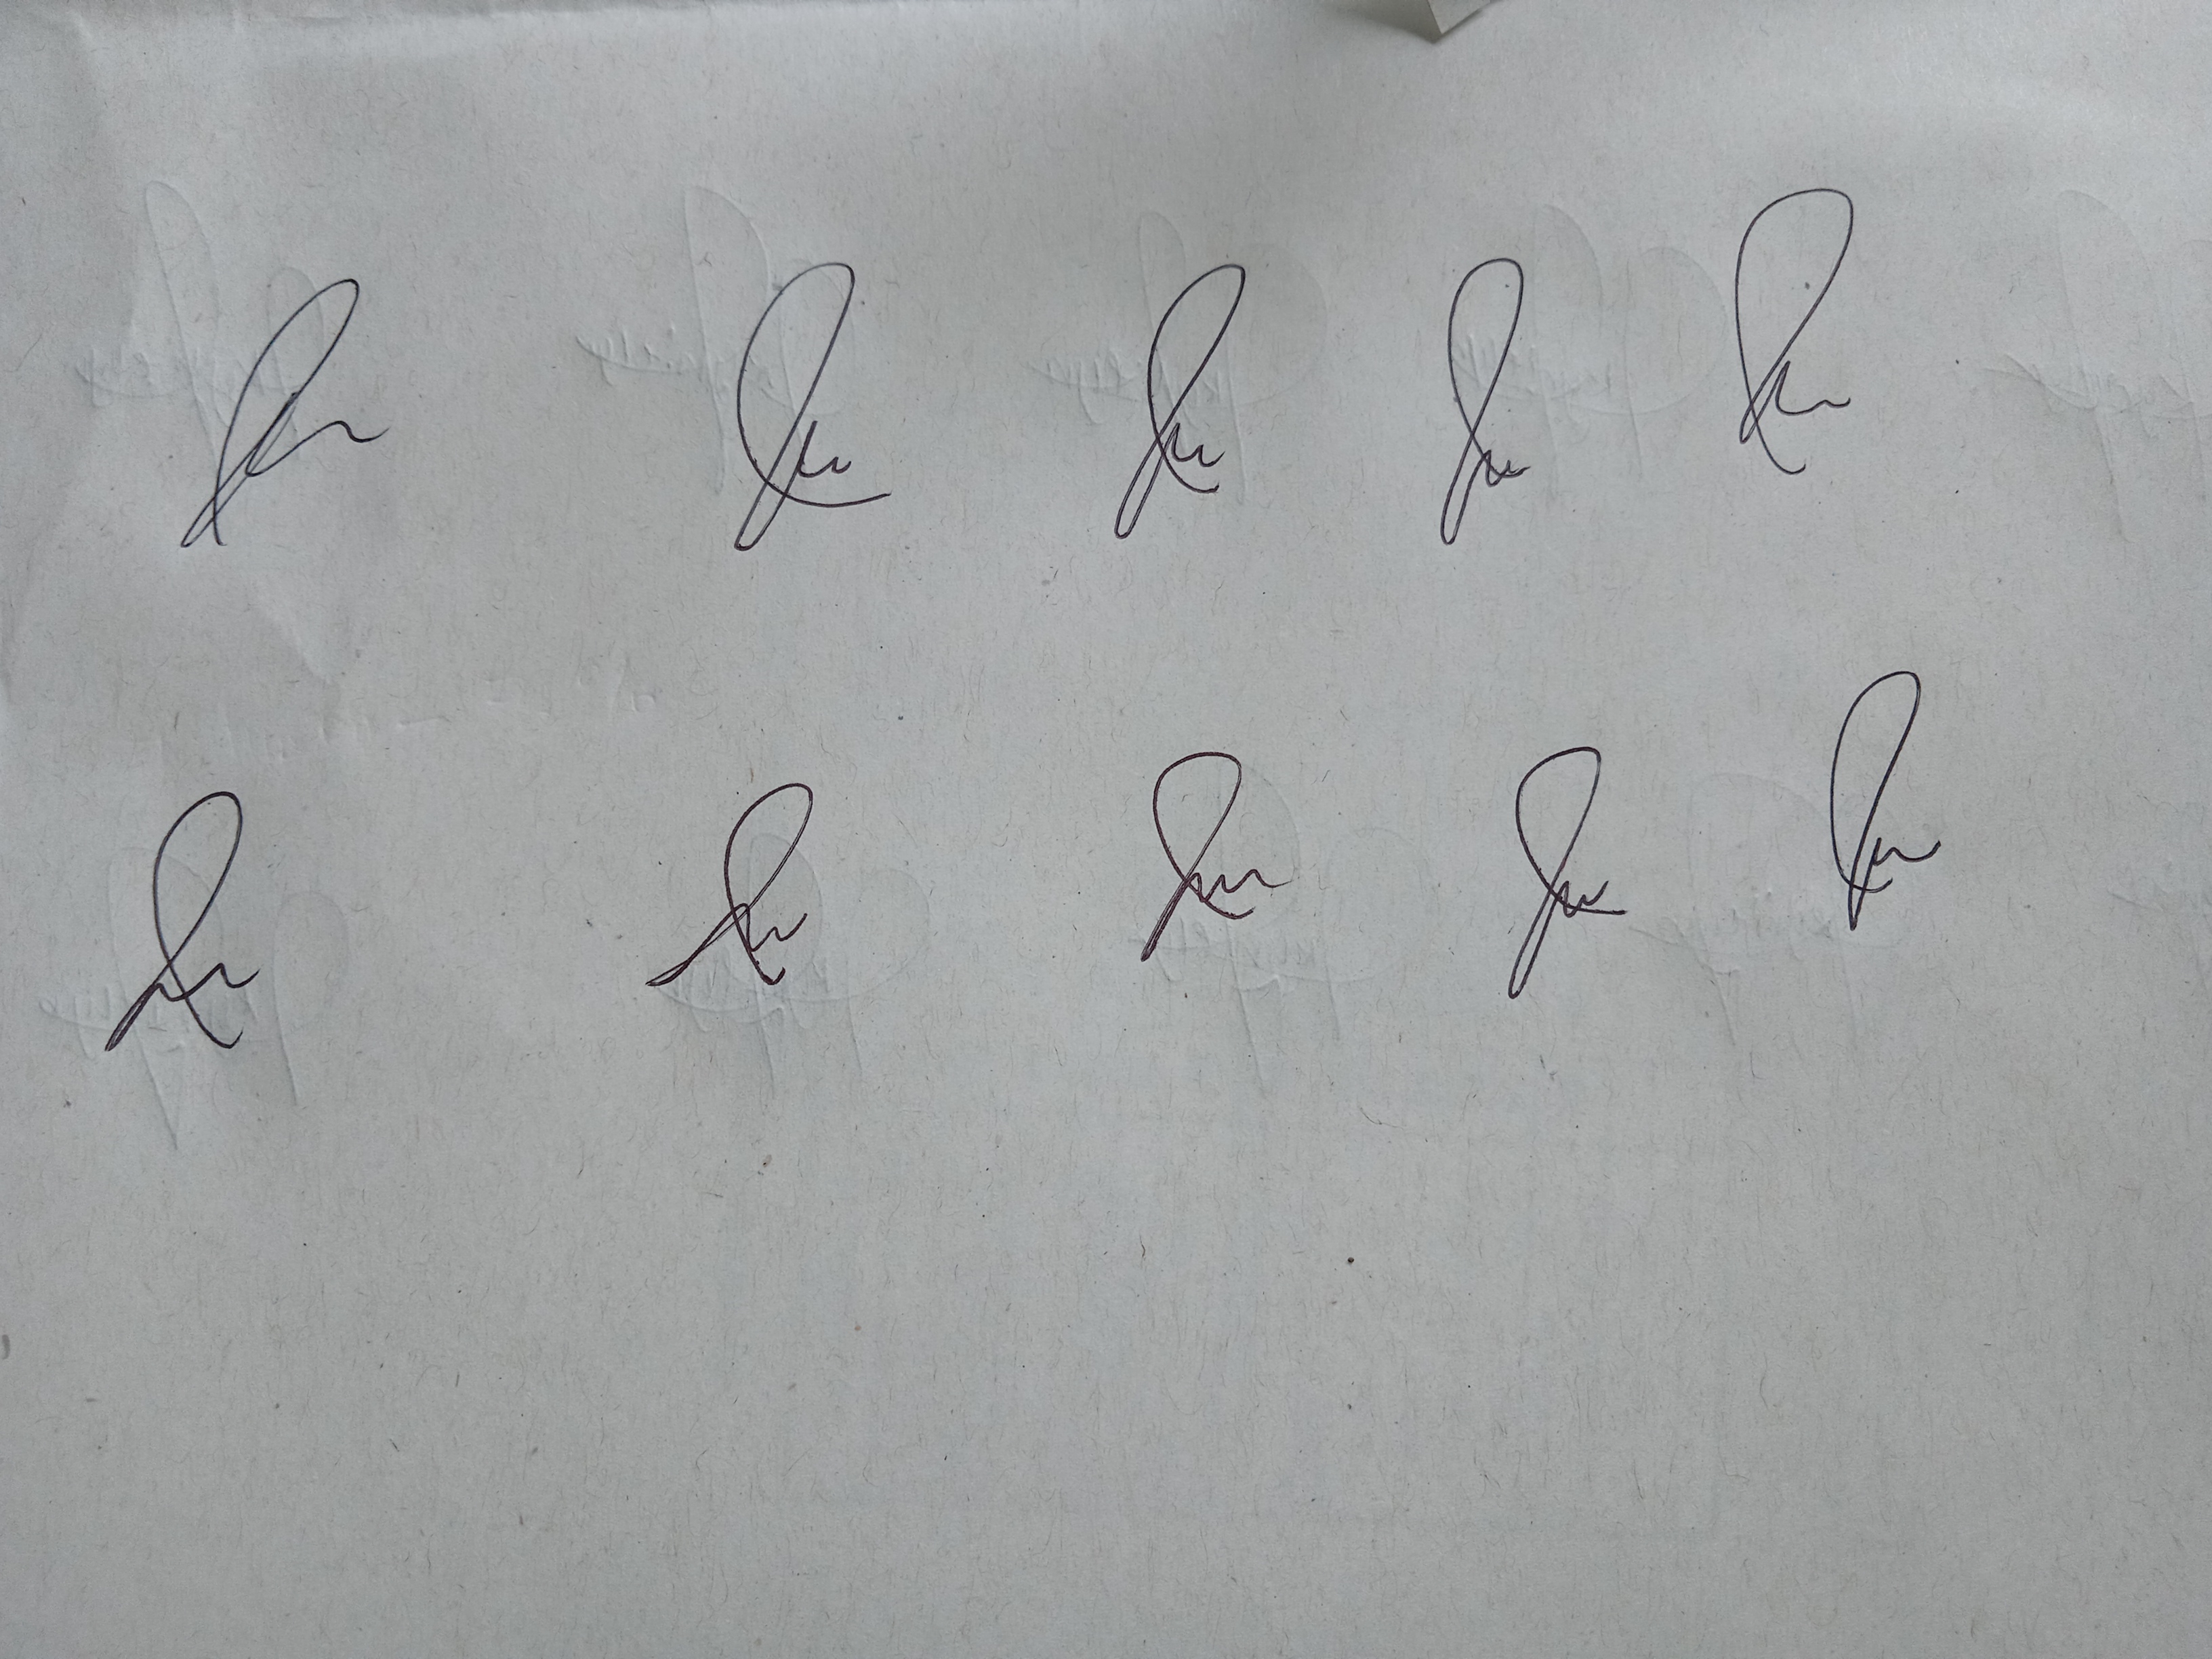
Signature authenticity: genuine